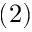
( 2 )